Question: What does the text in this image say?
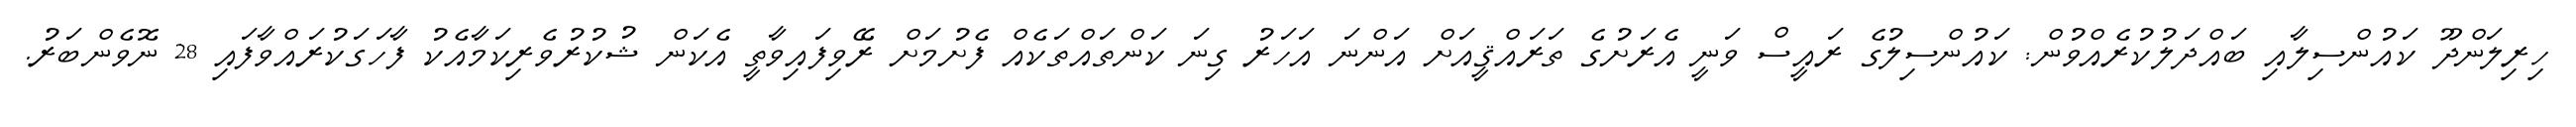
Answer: ހިރިލަންދޫ ކައުންސިލާއި ބައްދަލުކުރެއްވުން: ކައުންސިލުގެ ރައީސް ވަނީ އެރަށުގެ ތަރައްޤީއަށް އަންނަ އަހަރު ގިނަ ކަންތައްތަކެއް ފެށުމަށް ރޭވިފައިވާތީ އެކަން ޝުކުރުވެރިކަމާއެކު ފާހަގަކުރައްވާފައި 28 ނޮވެންބަރު.